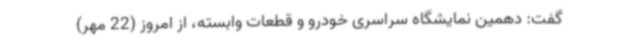
گفت: دهمین نمایشگاه سراسری خودرو و قطعات وابسته، از امروز (22 مهر)